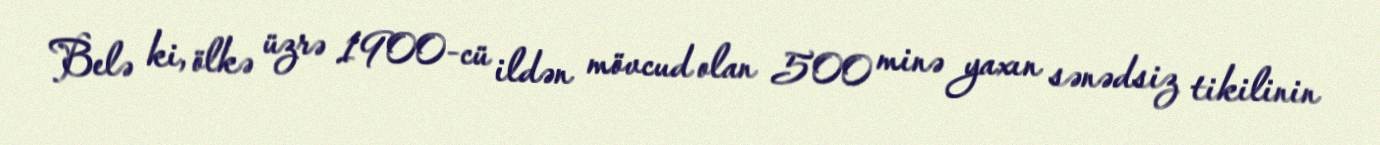
Belə ki, ölkə üzrə 1900-cü ildən mövcud olan 500 minə yaxın sənədsiz tikilinin